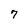
Character: 7